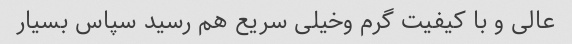
عالی و با کیفیت گرم وخیلی سریع هم رسید سپاس بسیار